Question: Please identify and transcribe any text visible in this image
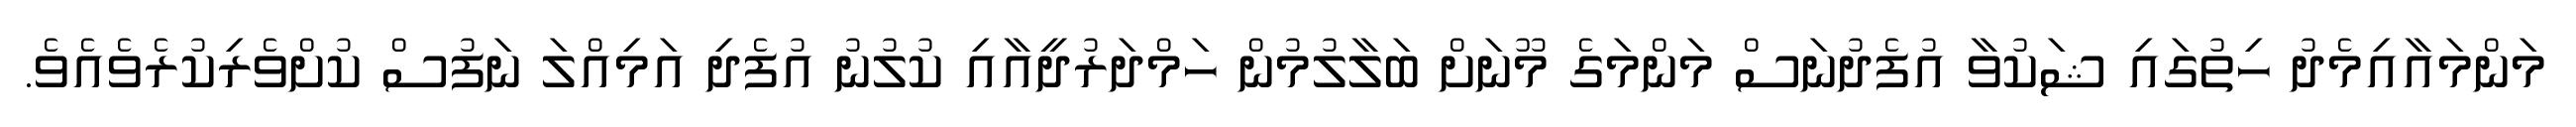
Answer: މަންމައާއިމެދު ހިތުގައި ޝަކުވާ އުފެދުނަސް މަންމަގެ މޫނަށް ބަލާލުމުން ހަމްދަރުދީއާއި ކުލުނު އުފެދި އަމިއްލަ ނަފުސް ކުށްވެރިކުރެވެއެވެ.